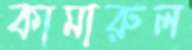
কামারুল